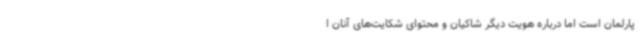
پارلمان است اما درباره هویت دیگر شاکیان و محتوای شکایت‌های آنان ا